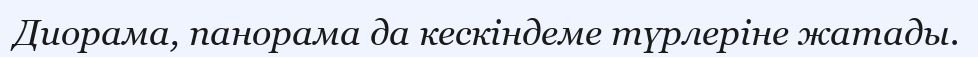
Диорама, панорама да кескіндеме түрлеріне жатады.